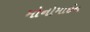
મોનોમાઈન